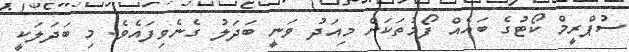
ސުޕްރީމް ކޯޓުގެ ބައެއް ފޯމުތަކަށް މިއަދު ވަނީ ބަދަލު ގެނެވިފައެވެ. މި ބަދަލަކީ